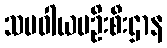
သမဝါယမဦးစီးဌာန